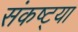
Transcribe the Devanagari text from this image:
संकष्ट्या